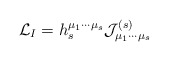
\begin{align*}{\cal L}_{I}=h_{s}^{\mu _{1}\cdots \mu _{s}}{\cal J}_{\mu _{1}\cdots \mu_{s}}^{(s)}\end{align*}